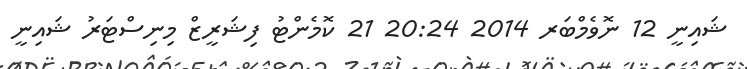
ޝައިނީ 12 ނޮވެމްބަރ 2014 20:24 21 ކޮމެންޓު ފިޝަރީޒް މިނިސްޓަރު ޝައިނީ